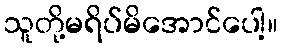
သူတို့မရိပ်မိအောင်ပေါ့။